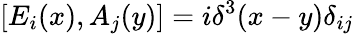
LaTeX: [E_{i}(x),A_{j}(y)]=i\delta^{3}(x-y)\delta_{ij}